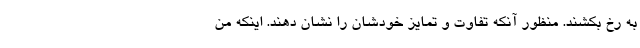
به رخ بکشند. منظور آنکه تفاوت و تمایز خودشان را نشان دهند. اینکه من